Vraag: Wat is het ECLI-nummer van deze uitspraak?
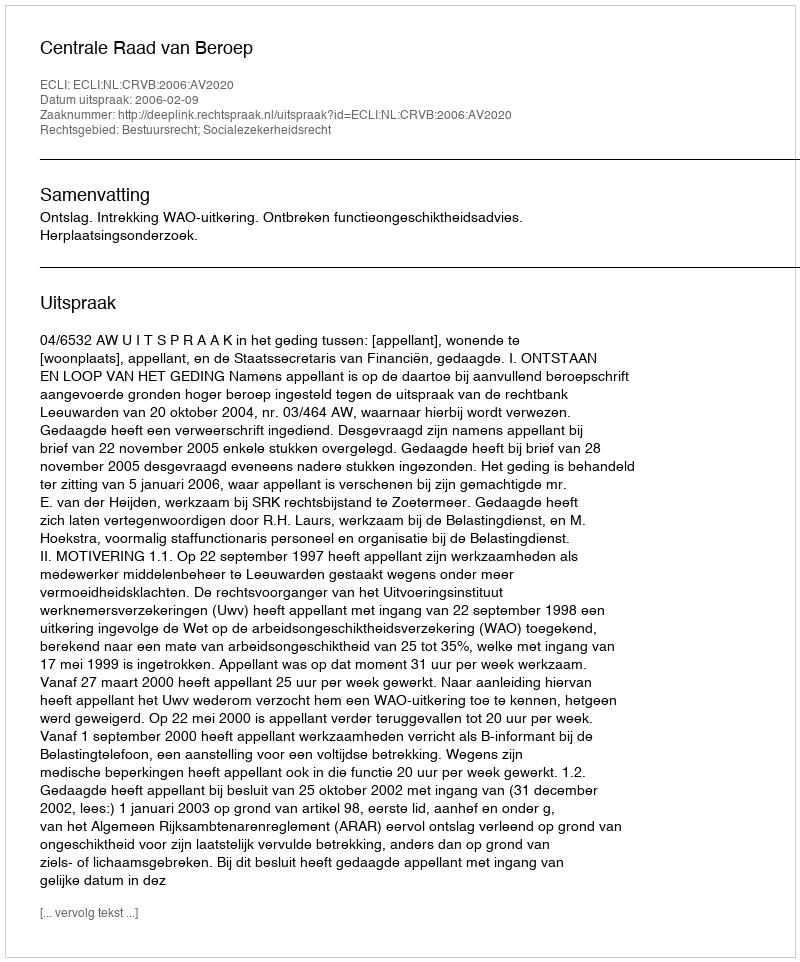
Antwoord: ECLI:NL:CRVB:2006:AV2020